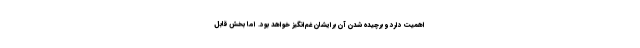
اهمیت دارد و برچیده شدن آن برایشان غم‌انگیز خواهد بود. اما بخش قابل